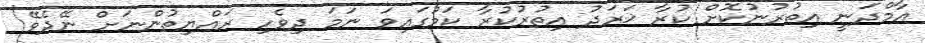
އާމްދަނީ އިތުރުނުކޮށް ކުރާ ޚަރަދު އިތުރުކުރާ ކަމުގައިވަ ނަމަ ދިވެހި ރައްޔިތުންނަށް ނޭދެވޭ